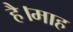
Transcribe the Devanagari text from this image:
है।माह